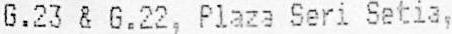
G.23 & G.22, PLAZA SERI SETIA,